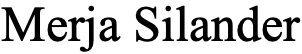
Merja Silander